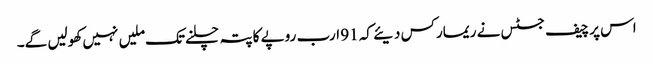
اس پر چیف جسٹس نے ریمارکس دیئے کہ 91 ارب روپے کا پتہ چلنےتک ملیں نہیں کھولیں گے۔